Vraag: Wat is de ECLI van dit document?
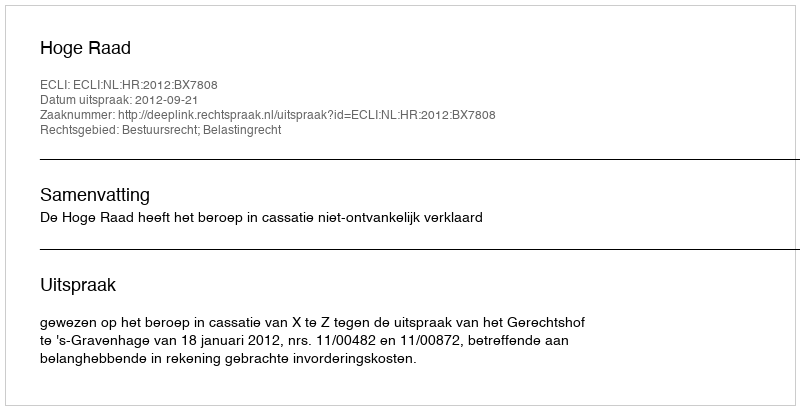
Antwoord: ECLI:NL:HR:2012:BX7808